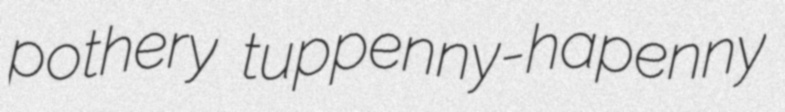
pothery tuppenny-hapenny